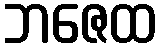
ဘဇေထ